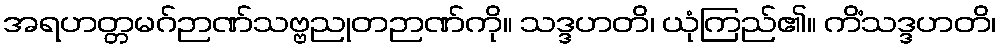
အရဟတ္တမဂ်ဉာဏ်သဗ္ဗညုတဉာဏ်ကို။ သဒ္ဒဟတိ၊ ယုံကြည်၏။ ကိံသဒ္ဒဟတိ၊